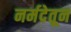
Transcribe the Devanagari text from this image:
नर्मदेतून